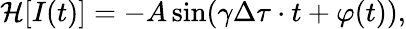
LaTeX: \mathcal{H}[I(t)]=-A\sin(\gamma\Delta\tau\cdot t+\varphi(t)),